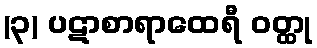
(၃) ပဋာစာရာထေရီ ဝတ္ထု